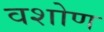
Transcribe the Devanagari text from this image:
वशोण